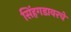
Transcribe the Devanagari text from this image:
सिंहगडावरचे